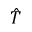
\hat { T }